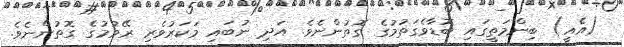
(އެއީ) ބިންމަތީގައި ބޮޑާވެގަތުމުގެ ގޮތުންނެވެ. އަދި ނުބައި މަކަރުވެރި ރޭވުމުގެ ގޮތުންނެވެ.